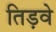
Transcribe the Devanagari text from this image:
तिड़वे